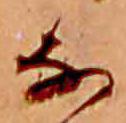
な